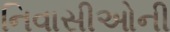
નિવાસીઓની